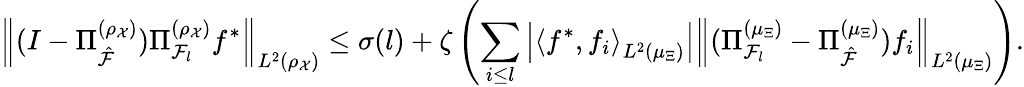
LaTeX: \left\| (I-\Pi_{\hat{\cal F}}^{(\rho_{\mathcal{X}})})\Pi_{{\cal F}_{l}}^{(\rho_{\mathcal{X}})}f^{*}\right\| _{L^{2}(\rho_{\mathcal{X}})}\leq\sigma(l)+\zeta\left(\sum_{i\leq l}\left|\left\langle f^{*},f_{i}\right\rangle_{L^{2}(\mu_{\Xi})}\right|\left\| (\Pi_{{\cal F}_{l}}^{(\mu_{\Xi})}-\Pi_{\hat{\cal F}}^{(\mu_{\Xi})})f_{i}\right\| _{L^{2}(\mu_{\Xi})}\right).